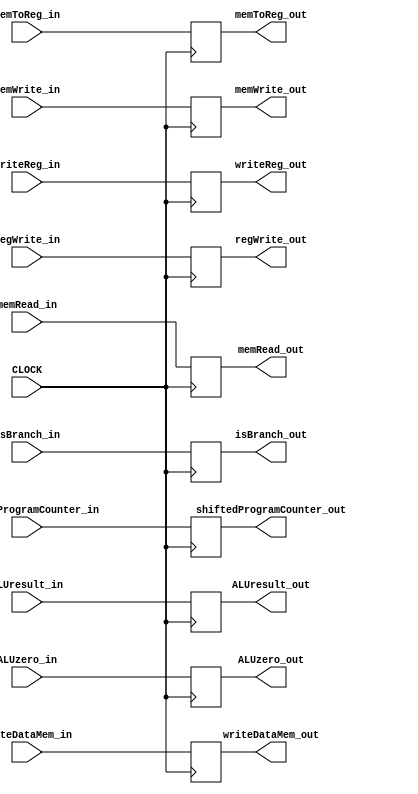
`timescale 1ns / 1ps

module EXMEM
(
	input CLOCK,
	input isBranch_in, // M Stage
	input memRead_in, // M Stage
	input memWrite_in, // M Stage
	input regWrite_in, // WB Stage
	input memToReg_in, // WB Stage
	input [63:0] shiftedProgramCounter_in,
	input ALUzero_in,
	input [63:0] ALUresult_in,
	input [63:0] writeDataMem_in,
	input [4:0] writeReg_in,

	output reg isBranch_out, // M Stage
	output reg memRead_out, // M Stage
	output reg memWrite_out, // M Stage
	output reg regWrite_out, // WB Stage
	output reg memToReg_out, // WB Stage
	output reg [63:0] shiftedProgramCounter_out,
	output reg ALUzero_out,
	output reg [63:0] ALUresult_out,
	output reg [63:0] writeDataMem_out,
	output reg [4:0] writeReg_out
);

	always @(posedge CLOCK) begin
		/* Values for M */
		isBranch_out <= isBranch_in;

		memRead_out <= memRead_in;
		memWrite_out <= memWrite_in;

		/* Values for WB */
		regWrite_out <= regWrite_in;
		memToReg_out <= memToReg_in;

		/* Values for all Stages */
		shiftedProgramCounter_out <= shiftedProgramCounter_in;
		ALUzero_out <= ALUzero_in;
		ALUresult_out <= ALUresult_in;
		writeDataMem_out <= writeDataMem_in;
		writeReg_out <= writeReg_in;
	end
endmodule